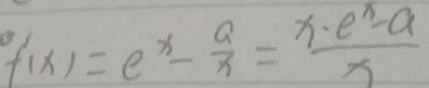
f ( x ) = e ^ { x } - \frac { a } { x } = \frac { x \cdot e ^ { x } - a } { x }